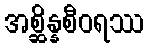
အစ္ဆိန္နစီဝရဿ